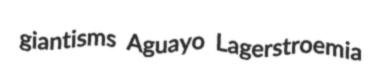
giantisms Aguayo Lagerstroemia